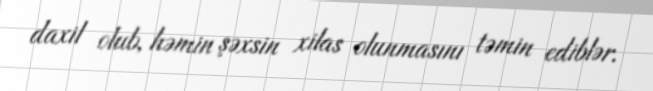
daxil olub, həmin şəxsin xilas olunmasını təmin ediblər.